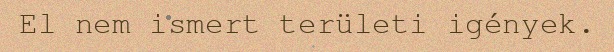
El nem ismert területi igények.